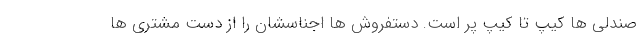
صندلی ها کیپ تا کیپ پر است. دستفروش ها اجناسشان را از دست مشتری ها